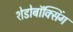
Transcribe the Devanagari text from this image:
शेडोबॉक्सिंग